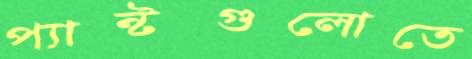
প্যান্টগুলোতে